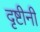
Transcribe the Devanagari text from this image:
दृष्टीनी